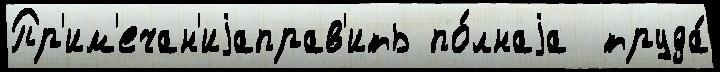
Пр'им'ечан'иjаправ'ить по́лнаjа  труда́